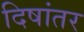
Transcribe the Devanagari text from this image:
दिषांतर